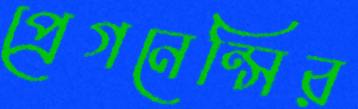
প্রেগনেন্সির